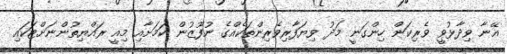
އޭނާ ވިދާޅުވީ ވެރިކަން ހިންގަނީ މަދު ވިޔަފާރިވެރިންތަކެއްގެ ނުފޫޒުން ކަމަށާއި މިއީ ރައްޔިތުންނަށްޓަކައި